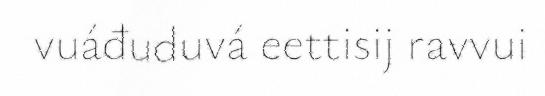
vuáđuduvá eettisij ravvui